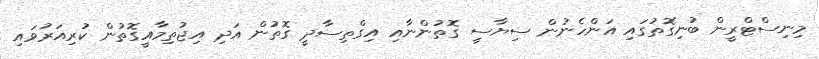
މިނިސްޓްރީން ބުނިގޮތުގައި އަންހެނުން ސިޔާސީ ގޮތުންނާއި އިގްތިސާދީ ގޮތުން އަދި އިޖުތިމާއީގޮތުން ކުރިއަރުވައި